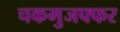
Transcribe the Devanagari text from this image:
चकमुजफ्फर